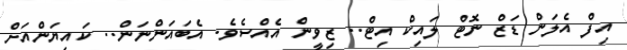
އިފް އެލަން ޑަޒް ނޮޓް ލައިކް އިޓް.. ޒިވީން އެއްސެވެ. އެބައަންނަން.. ކައިޔަންއަށް